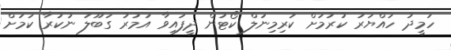
ހަމީދު ހައްޔަރު ކުރުމަށް ކުރިމިނަލް ކޯޓުން ދީފައިވާ އަމުރު ގަބޫލު ނުކުރާ ކަމަަށް